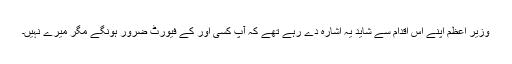
وزیر اعظم اپنے اس اقدام سے شاید یہ اشارہ دے رہے تھے کہ آپ کسی اور کے فیورٹ ضرور ہونگے مگر میرے نہیں۔